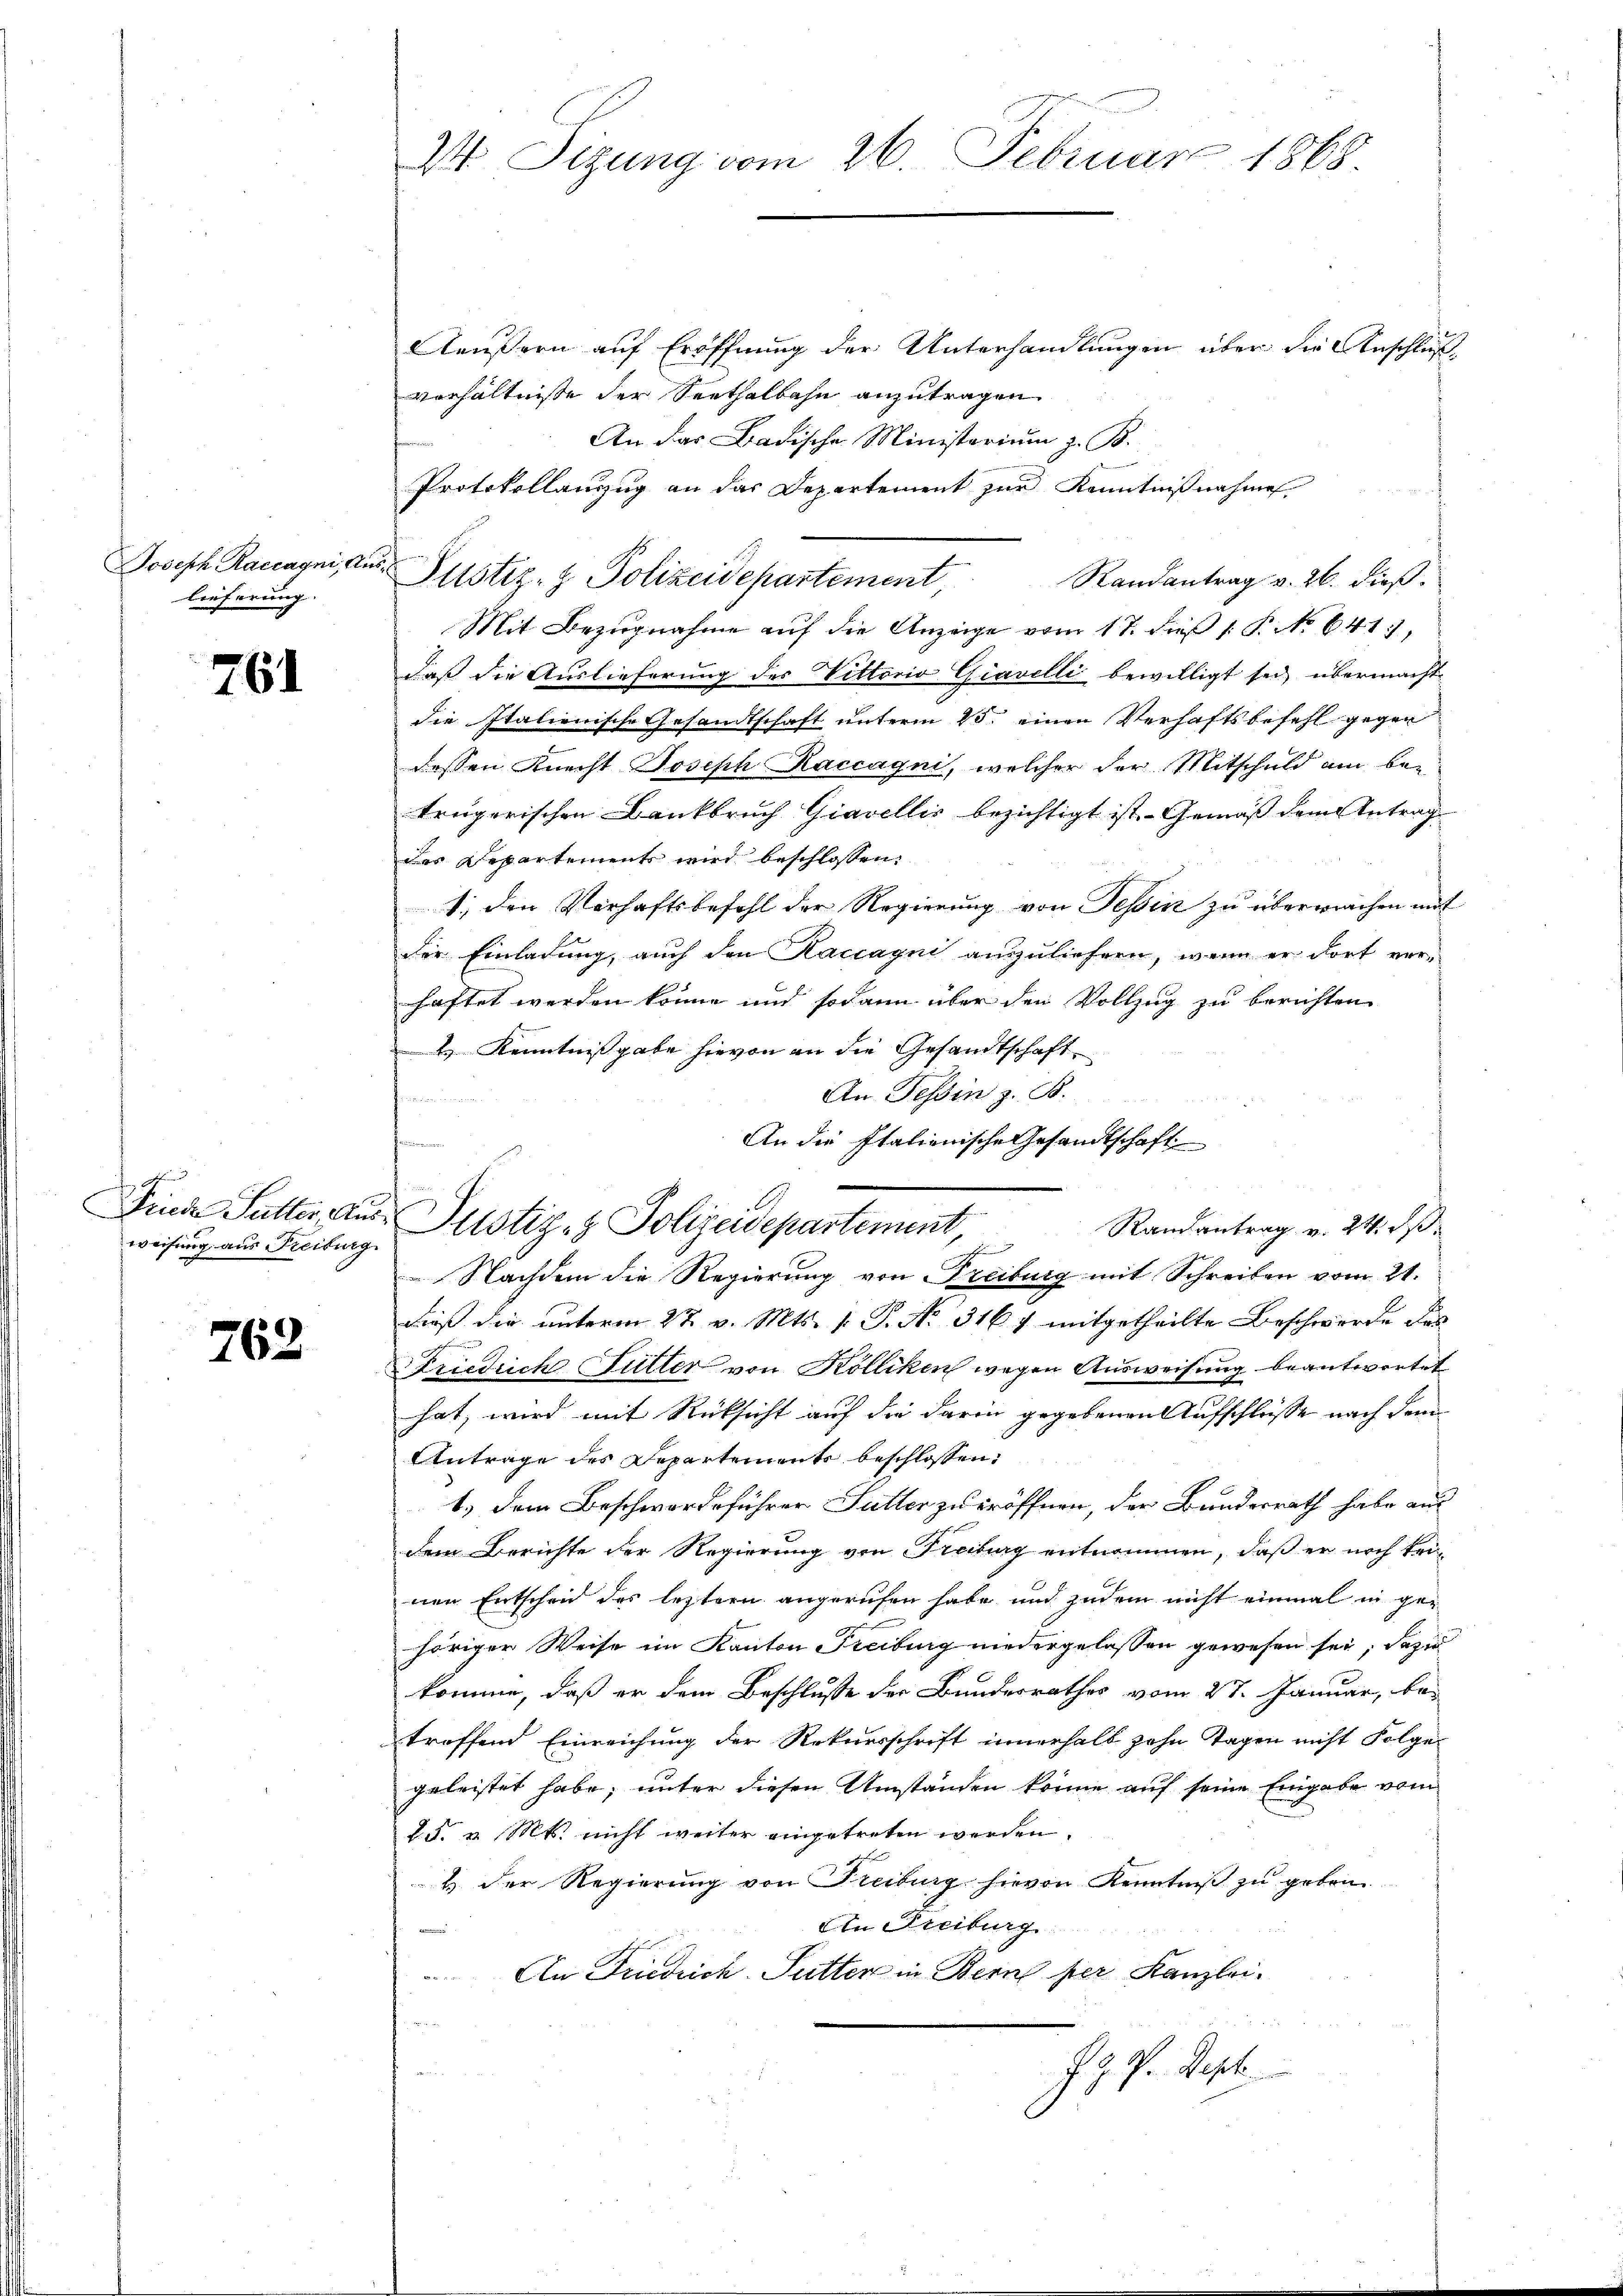
Joseph Raccagni, An
lieferung. |

761

weisung aus Freiburg

762

W Sizung vom 26. Februar 1868.

.

Aeussern auf Eröffnung der Unterhandlungen über die Anschluß
verhältnisse der Seethalbahn anzutragen
An das Badische Ministerium z. B.
Protokollanzug an das Departement zur Kenntnißnahme
Randantrag v. 26. dieß.
Mit Bezugnahme auf die Anzeige vom 17. dieß 1 P. No 641.
daß die Auslieferung des Vittorio Giavelli bewilligt sei, übermacht,
die Italienische Gesandtschaft unterm 25. einen Verhaftsbefehl gegen
dessen Knecht Joseph Raccagni, welcher der Mitschuld am be-
trügerischen Bankbruch Giavellis bezichtigt ist. - Gemäß dem Antrag
des Departements wird beschlossen:
1. den Verhaftsbefehl der Regierung von Tessin zu überwachen mit
der Einladung, auch den Kaccayni auszuliefern, wenn er dort ver-
haftet werden könne und sodann über den Vollzug zu berichten
2) Kenntnißgabe hievon an die Gesandtschaft
An Tessin z. B.
An die Italionische Gesandtschaft
u

Justiz- & Polizeidepartement,

Finde Sutter aus Plistiz- & Polizeidepartement
Randantrag v. 24. d.
2
Nachdem die Regierung von Freiburg mit Schreiben vom 21.

Daß die unterm 2t v. Mts. v. P. Nr. 316 f mitgetheilte Beschwerde das
Friedrich Futter von Kölliken wegen Ausweisung beantwortet
hat, wird mit Rücksicht auf die darin gegebenen Aufschlüsse nach dem
Antrage des Departements beschlossen:
1.) Dem Beschwordeführer Sutter zu eröffnen, der Bundesrath habe aus
dem Berichte der Regierung von Freiburg entnommen, daß er noch keinen Entscheid des letztern angerufen habe und zudem nicht einmal in ge-
höriger Weise im Kanton Freiburg niedergelassen gewesen sei; dazu
komme, daß er dem Beschlusse der Bundesrathes vom 27. Januar, be-
treffend Einreichung der Rekursschrift innerhalb zehn Tagen nicht Folge
geleistet habe, unter diesen Umständen könne auf seine Eingabe vom
d. d. v. Mts. nicht weiter eingetreten werden.
& der Regierung von Freiburg hievon Kenntniß zu geben.
Ain Freiburg
m
An Friedrich-Putter in Bern per Kanzlei¬

J. G. P. Sept.
C